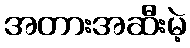
အတားအဆီးမဲ့